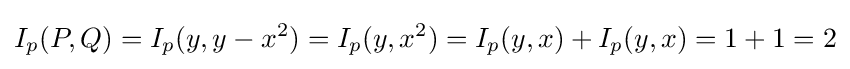
I_{p}(P,Q)=I_{p}(y,y-x^{2})=I_{p}(y,x^{2})=I_{p}(y,x)+I_{p}(y,x)=1+1=2